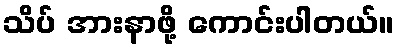
သိပ် အားနာဖို့ ကောင်းပါတယ်။